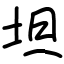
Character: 坦